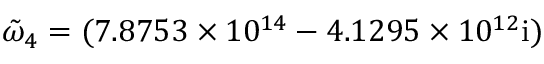
\tilde { \omega } _ { 4 } = ( 7 . 8 7 5 3 \times 1 0 ^ { 1 4 } - 4 . 1 2 9 5 \times 1 0 ^ { 1 2 } \mathrm { { i } ) }